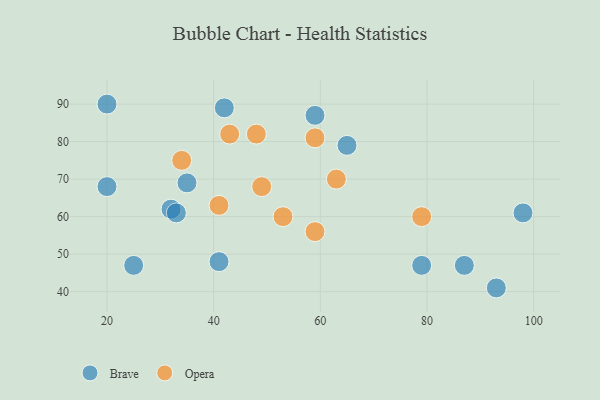
{"axis": {"x": "GDP", "y": "Life Expectancy"}, "legend": ["Brave", "Opera"], "data": [{"x": "32", "y": 62, "type": "Brave"}, {"x": "79", "y": 47, "type": "Brave"}, {"x": "93", "y": 41, "type": "Brave"}, {"x": "33", "y": 61, "type": "Brave"}, {"x": "35", "y": 69, "type": "Brave"}, {"x": "87", "y": 47, "type": "Brave"}, {"x": "25", "y": 47, "type": "Brave"}, {"x": "20", "y": 90, "type": "Brave"}, {"x": "65", "y": 79, "type": "Brave"}, {"x": "42", "y": 89, "type": "Brave"}, {"x": "20", "y": 68, "type": "Brave"}, {"x": "41", "y": 48, "type": "Brave"}, {"x": "98", "y": 61, "type": "Brave"}, {"x": "59", "y": 87, "type": "Brave"}, {"x": "63", "y": 70, "type": "Opera"}, {"x": "43", "y": 82, "type": "Opera"}, {"x": "59", "y": 56, "type": "Opera"}, {"x": "34", "y": 75, "type": "Opera"}, {"x": "49", "y": 68, "type": "Opera"}, {"x": "48", "y": 82, "type": "Opera"}, {"x": "59", "y": 81, "type": "Opera"}, {"x": "79", "y": 60, "type": "Opera"}, {"x": "41", "y": 63, "type": "Opera"}, {"x": "53", "y": 60, "type": "Opera"}]}